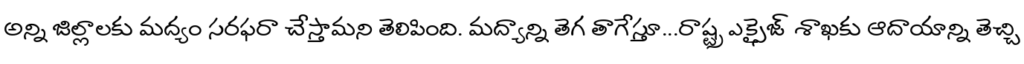
అన్ని జిల్లాలకు మద్యం సరఫరా చేస్తామని తెలిపింది. మద్యాన్ని తెగ తాగేస్తూ...రాష్ట్ర ఎక్సైజ్ శాఖకు ఆదాయాన్ని తెచ్చి